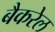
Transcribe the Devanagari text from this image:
बैकरेल